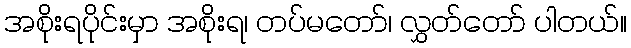
အစိုးရပိုင်းမှာ အစိုးရ၊ တပ်မတော်၊ လွှတ်တော် ပါတယ်။